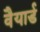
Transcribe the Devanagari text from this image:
वैयार्ड